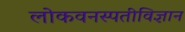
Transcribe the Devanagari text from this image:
लोकवनस्पतीविज्ञान